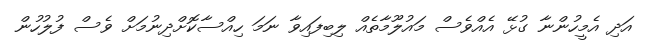
އަދި އެމީހުންނާ ގުޅޭ އެއްވެސް މައުލޫމާތެއް ލިބިފައިވާ ނަމަ ހިއްސާކޮށްދިނުމަށް ވެސް ފުލުހުން